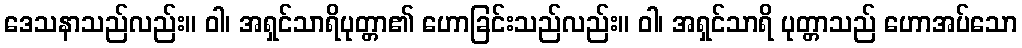
ဒေသနာသည်လည်း။ ဝါ၊ အရှင်သာရိပုတ္တာ၏ ဟောခြင်းသည်လည်း။ ဝါ၊ အရှင်သာရိ ပုတ္တာသည် ဟောအပ်သော